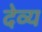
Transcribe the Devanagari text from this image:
देव्य